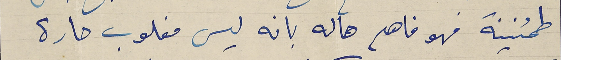
طمئنينة فهو فاهم حاله بانه ليس مغلوب حارة